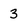
Character: 3